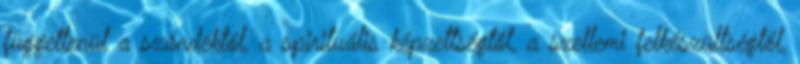
függetlenül a szándéktól, a spirituális képzettségtől, a szellemi felkészültségtől,